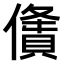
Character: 𠏤